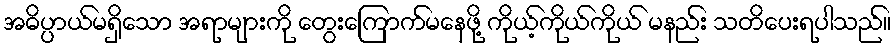
အဓိပ္ပာယ်မရှိသော အရာများကို တွေးကြောက်မနေဖို့ ကိုယ့်ကိုယ်ကိုယ် မနည်း သတိပေးရပါသည်။